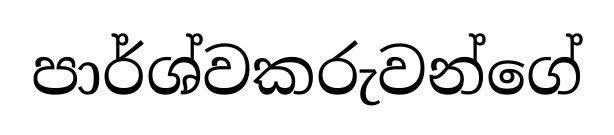
පාර්ශ්වකරුවන්ගේ